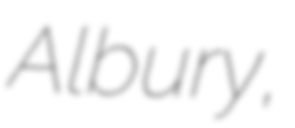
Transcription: Albury,